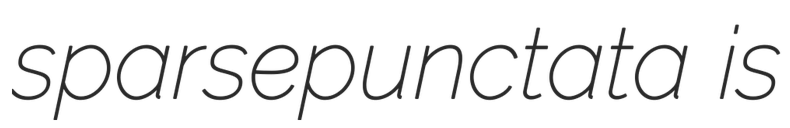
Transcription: sparsepunctata is